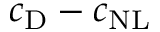
c _ { \mathrm { D } } - c _ { \mathrm { N L } }